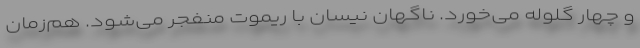
و چهار گلوله می‌خورد. ناگهان نیسان با ریموت منفجر می‌شود. هم‌زمان